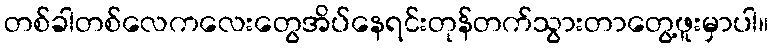
တစ်ခါတစ်လေကလေးတွေအိပ်နေရင်းတုန်တက်သွားတာတွေ့ဖူးမှာပါ။